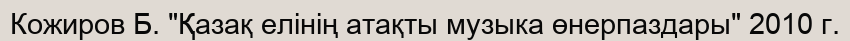
Кожиров Б. "Қазақ елінің атақты музыка өнерпаздары" 2010 г.